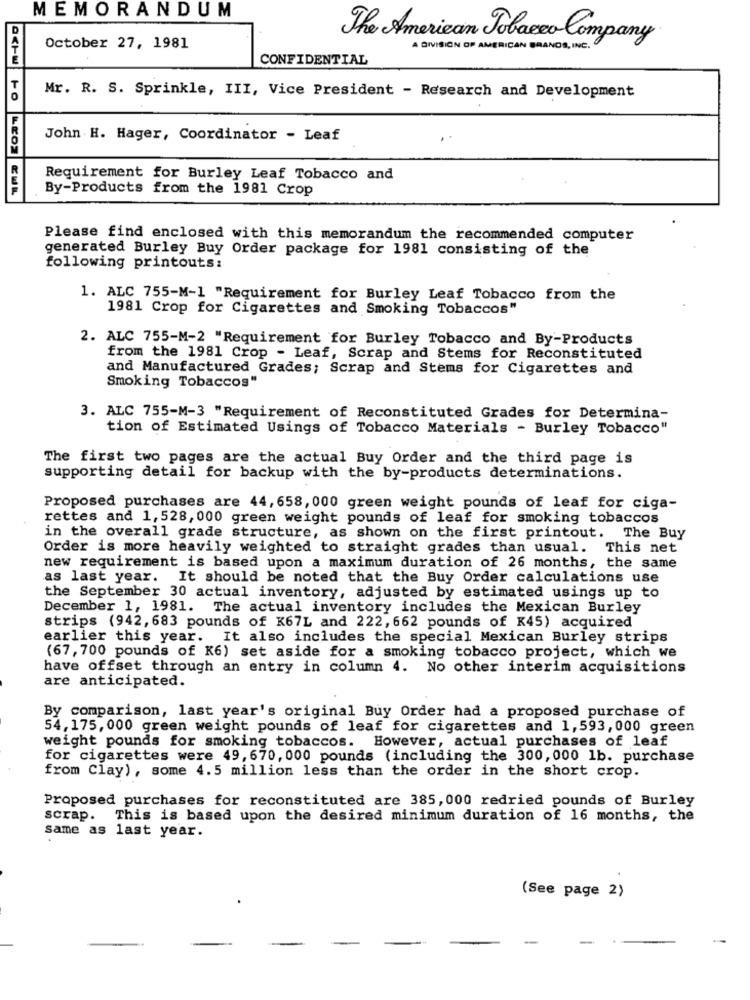
MEMORANDUM
The American Tobacco Company
October 27, 1981
A DIVISION OF AMERICAN BRANDS, INC.
CONFIDENTIAL
Mr. R. S. Sprinkle, III, Vice President - Research and Development
John H. Hager, Coordinator - Leaf
Requirement for Burley Leaf Tobacco and
By-Products from the 1981 Crop
Please find enclosed with this memorandum the recommended computer
generated Burley Buy Order package for 1981 consisting of the
following printouts:
1. ALC 755-M-1 "Requirement for Burley Leaf Tobacco from the
1981 Crop for Cigarettes and Smoking Tobaccos"
2. ALC 755-M-2 "Requirement for Burley Tobacco and By-Products
from the 1981 Crop - Leaf, Scrap and Stems for Reconstituted
and Manufactured Grades; Scrap and Stems for Cigarettes and
Smoking Tobaccos"
3. ALC 755-M-3 "Requirement of Reconstituted Grades for Determina-
tion of Estimated Usings of Tobacco Materials - Burley Tobacco"
The first two pages are the actual Buy Order and the third page is
supporting detail for backup with the by-products determinations.
Proposed purchases are 44,658, 000 green weight pounds of leaf for ciga-
rettes and 1,528, 000 green weight pounds of leaf for smoking tobaccos
in the overall grade structure, as shown on the first printout. The Buy
Order is more heavily weighted to straight grades than usual. This net
new requirement is based upon a maximum duration of 26 months, the same
as last year. It should be noted that the Buy Order calculations use
the September 30 actual inventory, adjusted by estimated usings up to
December 1, 1981. The actual inventory includes the Mexican Burley
strips (942, 683 pounds of K67L and 222, 662 pounds of K45) acquired
earlier this year.
It also includes the special Mexican Burley strips
(67, 700 pounds of K6) set aside for a smoking tobacco project, which we
have offset through an entry in column 4. No other interim acquisitions
are anticipated.
By comparison, last year's original Buy Order had a proposed purchase of
54,175, 000 green weight pounds of leaf for cigarettes and 1,593, 000 green
weight pounds for smoking tobaccos. However, actual purchases of leaf
for cigarettes were 49, 670, 000 pounds (including the 300, 000 1b. purchase
from Clay), some 4.5 million less than the order in the short crop.
Proposed purchases for reconstituted are 385,000 redried pounds of Burley
scrap. This is based upon the desired minimum duration of 16 months, the
Same as last year.
(See page 2)